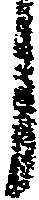
し